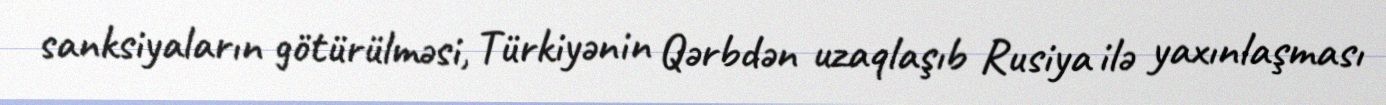
sanksiyaların götürülməsi, Türkiyənin Qərbdən uzaqlaşıb Rusiya ilə yaxınlaşması